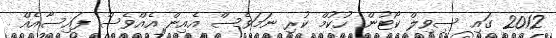
2012 ގައި ސިވިލް ކޯޓުން ހުކުމް ކުރި ނަމަވެސް އެއިން އެއްވެސް ފައިސާއެއް